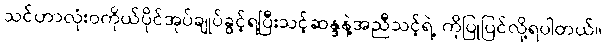
သင်ဟာလုံးဝကိုယ်ပိုင်အုပ်ချုပ်ခွင့်ရပြီးသင့်ဆန္ဒနဲ့အညီသင့်ရဲ့ ကိုပြုပြင်လို့ရပါတယ်။